65_HS1-834228961_62-HQ-83894_Section_3
Agency: FBI
Page 145
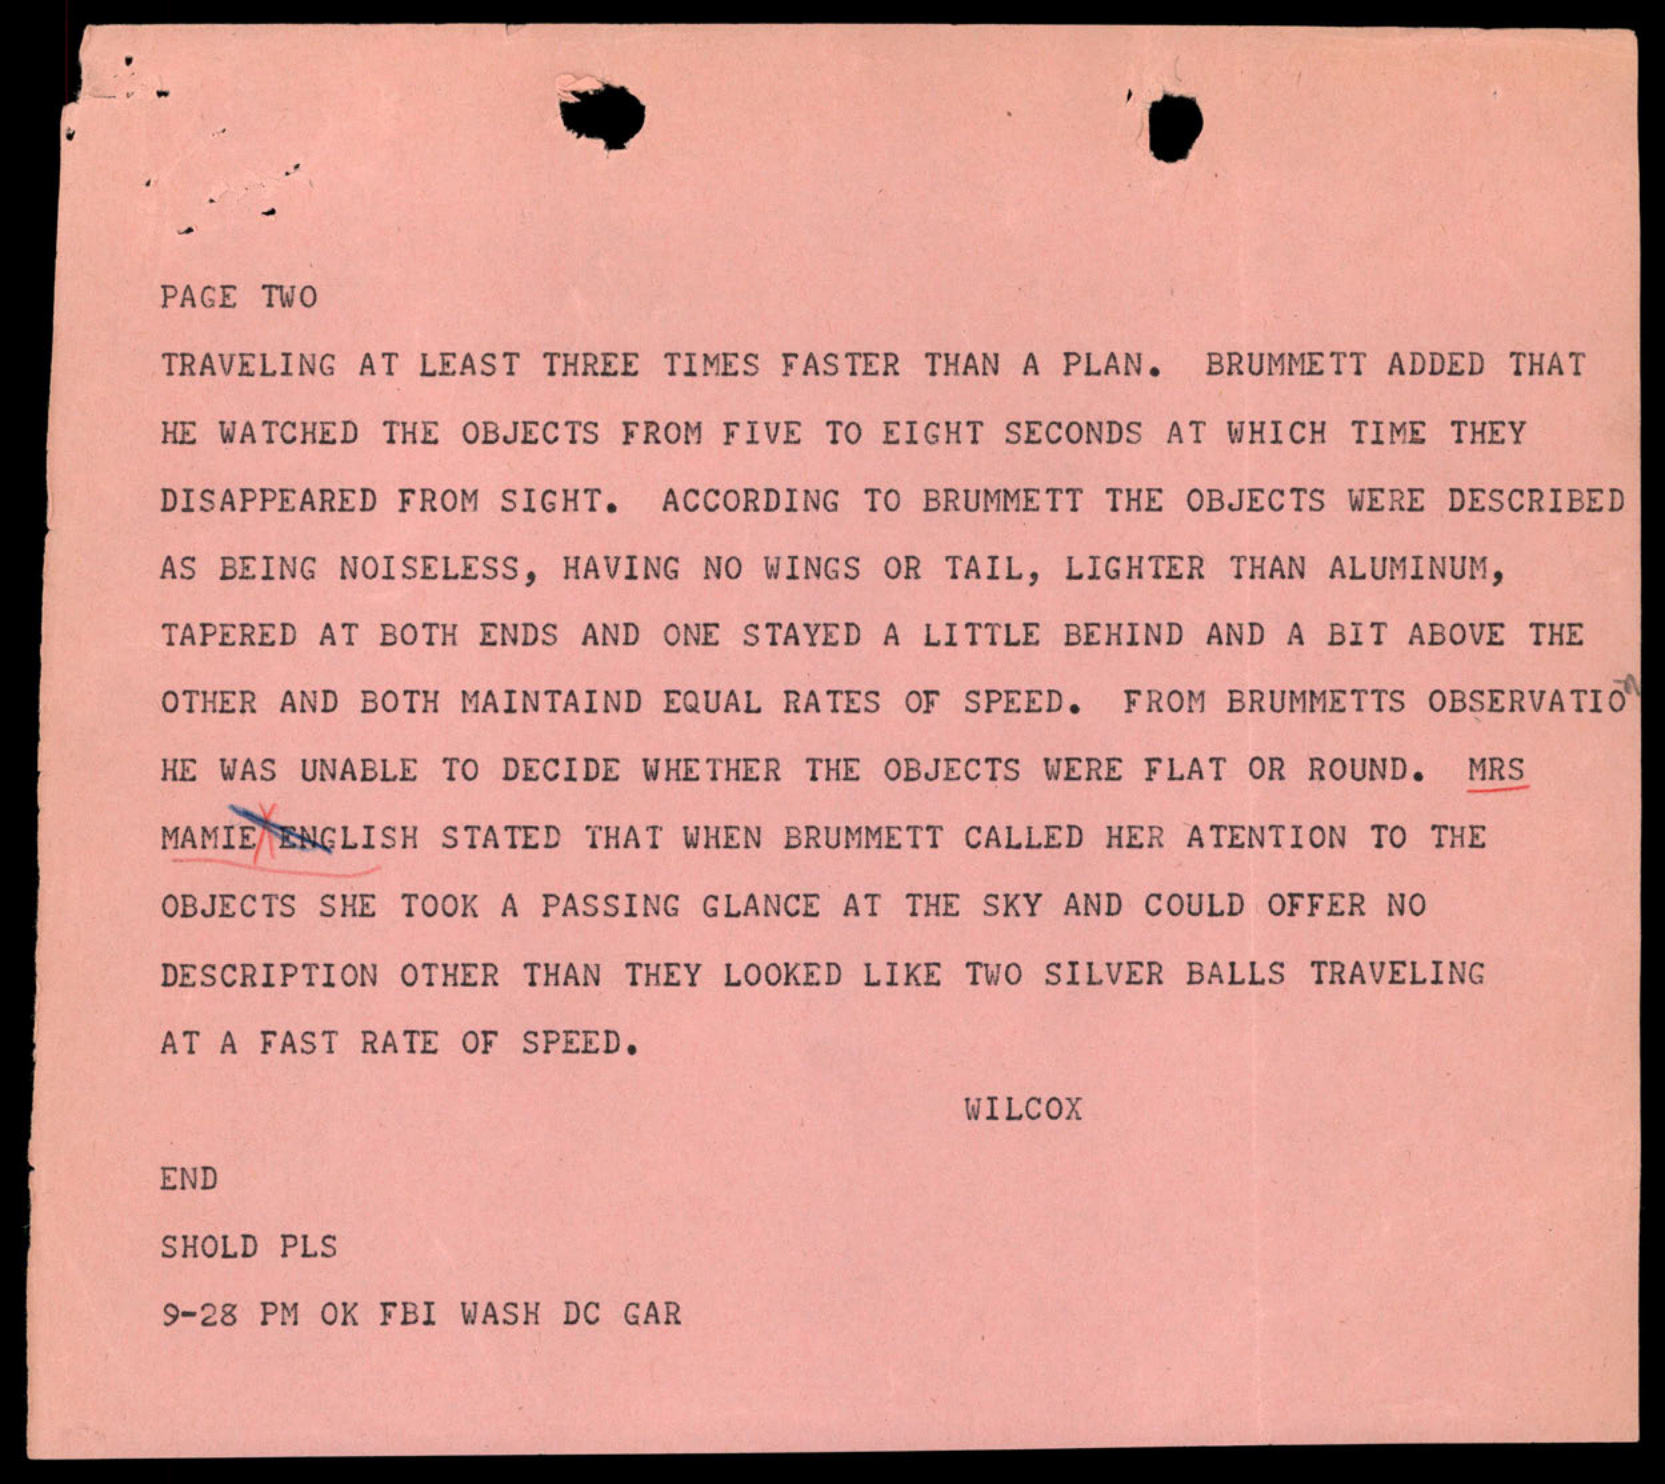